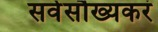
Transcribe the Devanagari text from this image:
सर्वसौख्यकरं